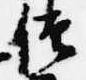
僧